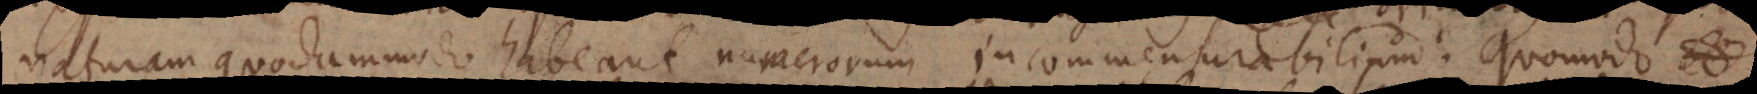
naturam quodammodo habeant numerorum incommensurabilium. Quomodo